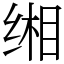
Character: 缃